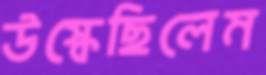
উস্‌কেছিলেম